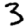
Digit: 3